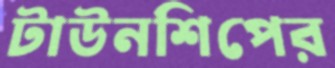
টাউনশিপের